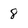
Character: 8